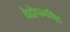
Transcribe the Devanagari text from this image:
वेदोपनषि्द